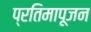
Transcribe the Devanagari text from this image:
प्रतिमापूजन